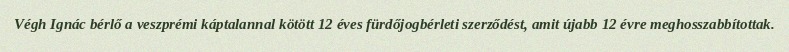
Végh Ignác bérlő a veszprémi káptalannal kötött 12 éves fürdőjogbérleti szerződést, amit újabb 12 évre meghosszabbítottak.